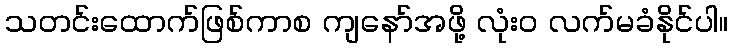
သတင်းထောက်ဖြစ်ကာစ ကျနော်အဖို့ လုံး၀ လက်မခံနိုင်ပါ။